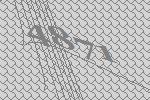
4871